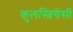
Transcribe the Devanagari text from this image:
कुलस्त्रियेसी